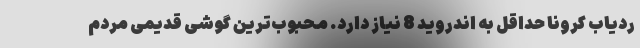
ردیاب کرونا حداقل به اندروید 8 نیاز دارد. محبوب‌ترین گوشی قدیمی مردم